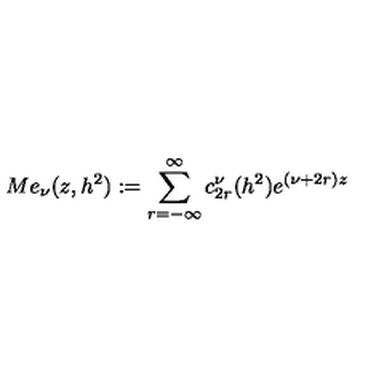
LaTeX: M e _ { \nu } ( z , h ^ { 2 } ) : = \sum _ { r = - \infty } ^ { \infty } c _ { 2 r } ^ { \nu } ( h ^ { 2 } ) e ^ { ( \nu + 2 r ) z }